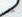
غادرا